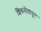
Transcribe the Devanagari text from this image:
शिवनीतापूर